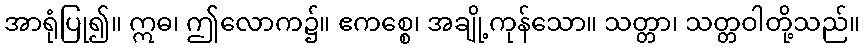
အာရုံပြု၍။ ဣဓ၊ ဤလောက၌။ ဧကစ္စေ၊ အချို့ကုန်သော။ သတ္တာ၊ သတ္တဝါတို့သည်။